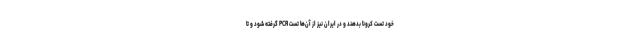
خود تست کرونا بدهند و در ایران نیز از آن‌ها تست PCR گرفته شود و تا